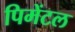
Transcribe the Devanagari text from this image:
पिमेंटल